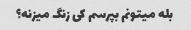
بله میتونم بپرسم کی زنگ میزنه؟